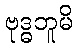
ဗုဒ္ဓဘူမိ